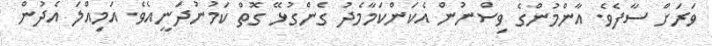
ވަރަށް ސާފެވެ. އާންމުންގެ ވިސްނުން އެކަންކަމާމެދު ގެންގުޅޭ ގޮތް ކަމުނުދަނީއެވެ. އަމިއްލަ އެދުން